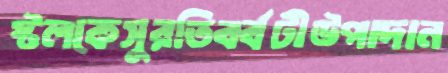
স্টলকেসুরতিবর্বটীউপাদান